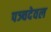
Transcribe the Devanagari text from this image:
पञ्चदेवल